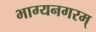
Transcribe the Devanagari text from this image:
भाग्यनगरम्